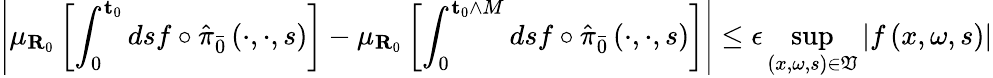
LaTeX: \left\vert\mu_{\mathbf{R}_{0}}\left[\int_{0}^{\mathbf{t}_{0}}dsf\circ\hat{\pi}_{\bar{0}}\left(\cdot,\cdot,s\right)\right]-\mu_{\mathbf{R}_{0}}\left[\int_{0}^{\mathbf{t}_{0}\wedge M}dsf\circ\hat{\pi}_{\bar{0}}\left(\cdot,\cdot,s\right)\right]\right\vert\leq\epsilon\operatorname*{sup}_{\left(x,\omega,s\right)\in\mathfrak{V}}\left\vert f\left(x,\omega,s\right)\right\vert